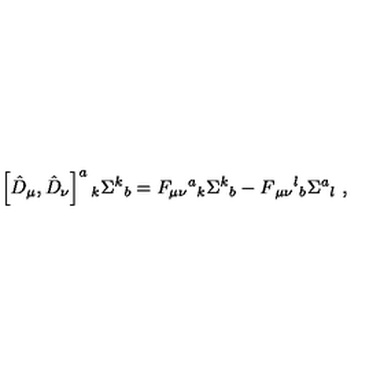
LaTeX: \left[ \hat { D } _ { \mu } , \hat { D } _ { \nu } \right] ^ { a } { } _ { k } \Sigma ^ { k } { } _ { b } = F _ { \mu \nu } { } ^ { a } { } _ { k } \Sigma ^ { k } { } _ { b } - F { } _ { \mu \nu } { } ^ { l } { } _ { b } \Sigma ^ { a } { } _ { l } \ ,